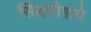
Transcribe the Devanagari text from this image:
सिद्धयोगाचे